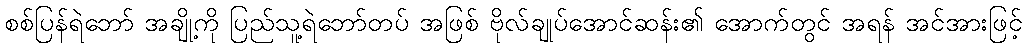
စစ်ပြန်ရဲဘော် အချို့ကို ပြည်သူ့ရဲဘော်တပ် အဖြစ် ဗိုလ်ချုပ်အောင်ဆန်း၏ အောက်တွင် အရန် အင်အားဖြင့်